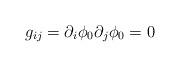
LaTeX: \begin{align*}g_{ij}=\partial_i \phi_0\partial_j \phi_0=0 \end{align*}